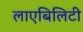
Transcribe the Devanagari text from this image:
लाएबिलिटी